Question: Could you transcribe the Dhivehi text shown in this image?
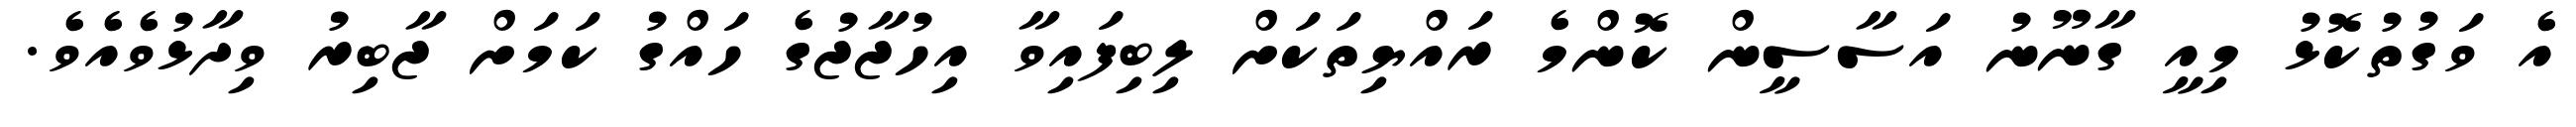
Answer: އެ ވަގުތުކޮޅު މިއީ ގާނޫނު އަސާސީން ކޮންމެ ރައްޔިތަކަށް ލިބިފައިވާ އިހުޖާޖުގެ ހައްގު ކަމަށް ޖާބިރު ވިދާޅުވެއެވެ.